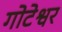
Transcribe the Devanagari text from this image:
गोटेश्वर